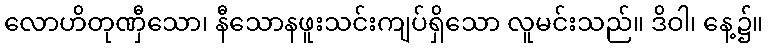
လောဟိတုဏှီသော၊ နီသောနဖူးသင်းကျပ်ရှိသော လူမင်းသည်။ ဒိဝါ၊ နေ့၌။